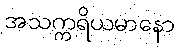
အသက္ကရိယမာနော